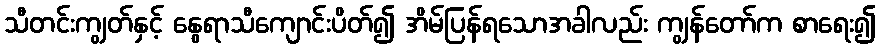
သီတင်းကျွတ်နှင့် နွေရာသီကျောင်းပိတ်၍ အိမ်ပြန်ရသောအခါလည်း ကျွန်တော်က စာရေး၍